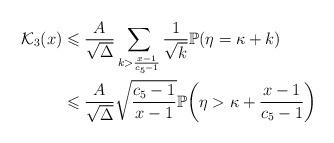
LaTeX: \begin{align*}\mathcal{K}_3(x)&\leqslant\frac{A}{\sqrt{\Delta}}\sum\limits_{k>\frac{x-1}{c_5-1}}\frac{1}{\sqrt{k}}\mathbb{P}(\eta=\kappa+k)\\&\leqslant \frac{A}{\sqrt{\Delta}}\sqrt{\frac{c_5-1}{x-1}}\mathbb{P}\bigg(\eta>\kappa+\frac{x-1}{c_5-1}\bigg)\end{align*}